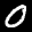
Digit: 0